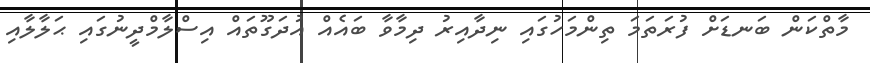
މާތްކަން ބަނޑަށް ފުރަތަމަ ތިންމަހުގައި ނިދާއިރު ދިމާވާ ބައެއް އުދަގޫތައް އިސްލާމްދީނުގައި ޙަލާލާއި